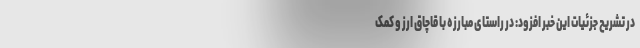
در تشریح جزئیات این خبر افزود: در راستای مبارزه با قاچاق ارز و کمک